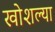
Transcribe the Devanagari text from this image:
खोशल्या